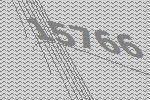
15766